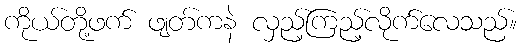
ကိုယ်တို့ဖက် ဖျတ်ကနဲ လှည့်ကြည့်လိုက်လေသည်။